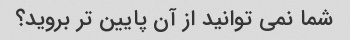
شما نمی توانید از آن پایین تر بروید؟